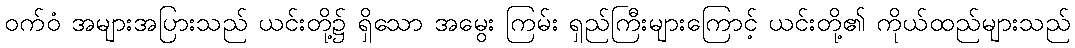
ဝက်ဝံ အများအပြားသည် ယင်းတို့၌ ရှိသော အမွေး ကြမ်း ရှည်ကြီးများကြောင့် ယင်းတို့၏ ကိုယ်ထည်များသည်